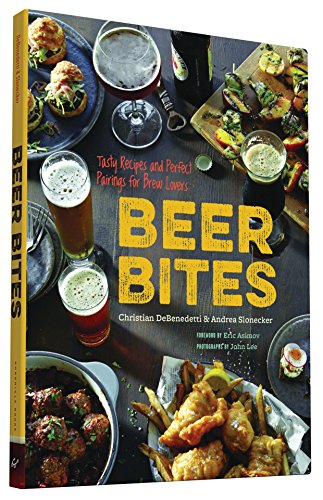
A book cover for Beer Bites: Tasty Recipes and Perfect Pairings for Brew Lovers; Christian DeBenedetti; Cookbooks, Food & Wine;